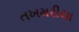
તખમરીયા